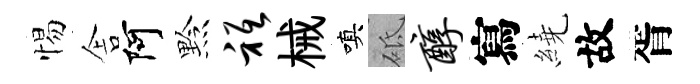
惕舎阿黔只械嗔砥醇寫繞故胥